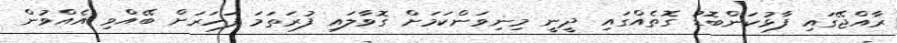
ރާއްޖޭގައި ފާޅުކަންބޮޑު ގޮތެއްގައި ދީނީ މިނިވަންކަމަށް ގޮވާލައި ފުރަތަމަ ފަހަރަށް ބޭއްވި އެއްވުން